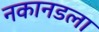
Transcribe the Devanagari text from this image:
नकानडला